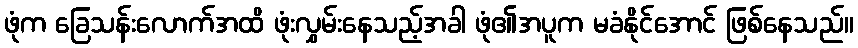
ဖုံက ခြေသန်းလောက်အထိ ဖုံးလွှမ်းနေသည့်အခါ ဖုံ၏အပူက မခံနိုင်အောင် ဖြစ်နေသည်။